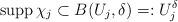
LaTeX: \begin{align*}\mathrm{supp\,}\chi _j\subset B(U_j,\delta )=:U_j^\delta \end{align*}